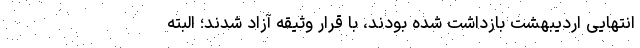
انتهایی اردیبهشت بازداشت شده بودند، با قرار وثیقه آزاد شدند؛ البته